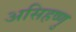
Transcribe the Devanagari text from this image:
असिहष्णु